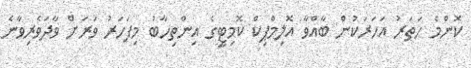
ކޮންމެ ހަތަރު އަހަރަކުން ބާއްވާ އޮލިމްޕިކް ކޮމިޓީގެ އިންތިހާބު މިފަހަރު ވަރަށް ވާދަވެރިވާނެ